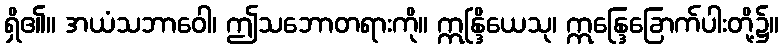
ရှိ၏။ အယံသဘာဝေါ၊ ဤသဘောတရားကို။ ဣန္ဒြိယေသု၊ ဣန္ဒြေခြောက်ပါးတို့၌။